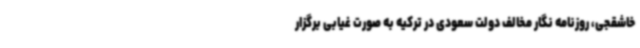
خاشقجی، روزنامه نگار مخالف دولت سعودی در ترکیه به صورت غیابی برگزار